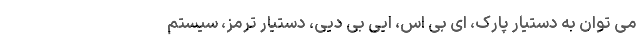
می توان به دستیار پارک، ای بی اس، ایی بی دیی، دستیار ترمز، سیستم